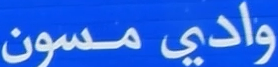
وادي مسون